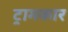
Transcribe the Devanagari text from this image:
ट्रामकार